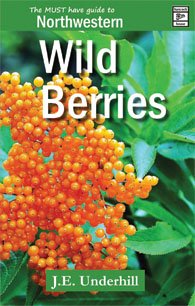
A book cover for Northwestern Wild Berries; J. E. (Ted) Underhill; Crafts, Hobbies & Home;